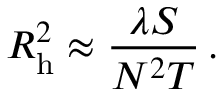
R _ { \mathrm { h } } ^ { 2 } \approx { \frac { \lambda S } { N ^ { 2 } T } } \, .